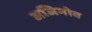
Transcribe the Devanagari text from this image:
अजिमोव